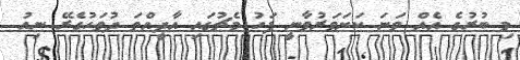
މި ބުރުގެ އެއް ވަނަ ކަށަވަރުވާނީ ފަހު މެޗުގައި އާދީއްތަ ދުވަހުގެރޭ ނިއު